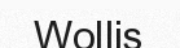
Wollis